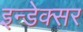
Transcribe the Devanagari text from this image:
इन्डेक्सर